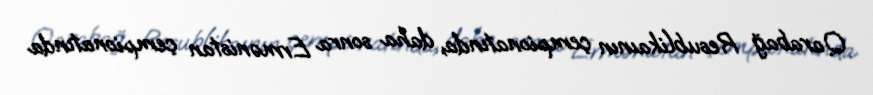
Qarabağ Resublikaının çempionatında, daha sonra Ermənistan çempionatında